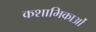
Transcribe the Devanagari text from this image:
कशाभिकाओं